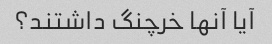
آیا آنها خرچنگ داشتند؟